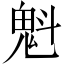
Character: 魁